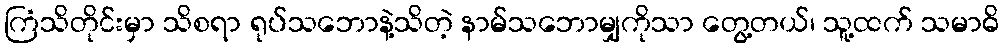
ကြံသိတိုင်းမှာ သိစရာ ရုပ်သဘောနဲ့သိတဲ့ နာမ်သဘောမျှကိုသာ တွေ့တယ်၊ သူ့ထက် သမာဓိ